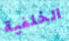
الخلفية